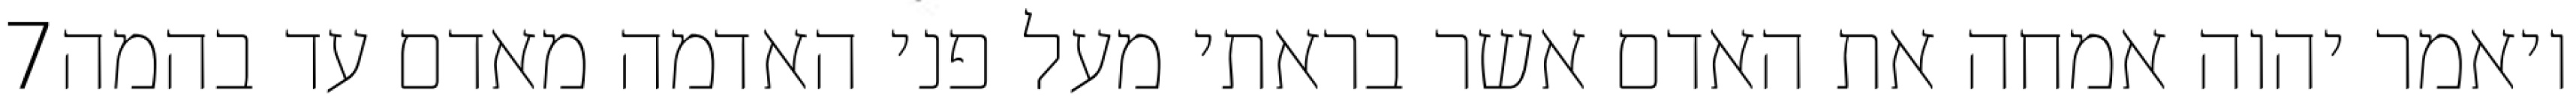
‎7‏ ויאמר יהוה אמחה את האדם אשר בראתי מעל פני האדמה מאדם עד בהמה